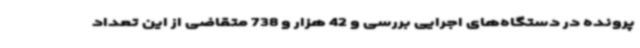
پرونده در دستگاه‌های اجرایی بررسی و 42 هزار و 738 متقاضی از این تعداد